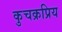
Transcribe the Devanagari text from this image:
कुचक्रप्रिय